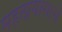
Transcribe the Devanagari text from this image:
महत्प्रयासाचे